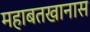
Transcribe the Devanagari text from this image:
महाबतखानास